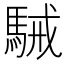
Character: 駴